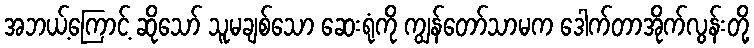
အဘယ့်ကြောင့် ဆိုသော် သူမချစ်သော ဆေးရုံကို ကျွန်တော်သာမက ဒေါက်တာအိုက်လွန်းတို့